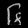
Digit: ၆